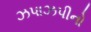
ઝપાઝપીનો